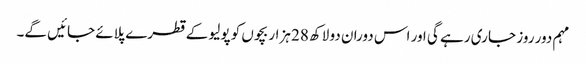
مہم دور روز جا ری رہے گی اور اس دوران دو لاکھ 28 ہزار بچوں کو پولیو کے قطرے پلائے جائیں گے۔